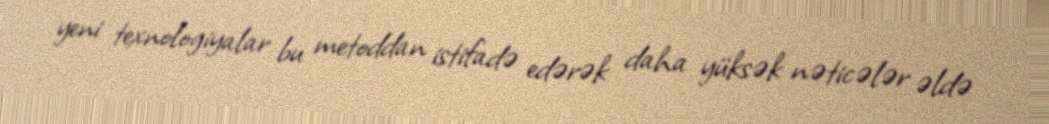
yeni texnologiyalar bu metoddan istifadə edərək daha yüksək nəticələr əldə